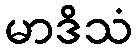
မာဒိသံ